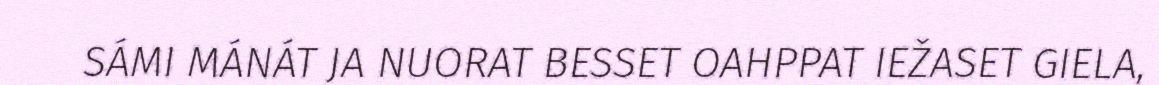
SÁMI MÁNÁT JA NUORAT BESSET OAHPPAT IEŽASET GIELA,